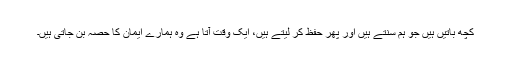
کچھ باتیں ہیں جو ہم سنتے ہیں اور پھر حفظ کر لیتے ہیں، ایک وقت آتا ہے وہ ہمارے ایمان کا حصہ بن جاتی ہیں۔